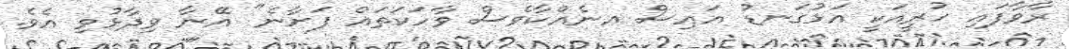
ރާވާފައި ހުރީއަކީ އަޅުގަނޑު އައިސް އނެއްކާވެސް ވާހަކަތައް ފަށާނެ" އޭނާ ވިދާޅުވި އެވެ.